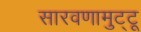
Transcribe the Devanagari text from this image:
सारवणामुट्टू